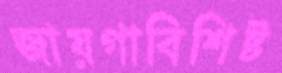
জায়গাবিশিষ্ট